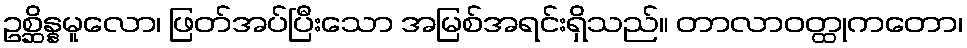
ဥစ္ဆိန္နမူလော၊ ဖြတ်အပ်ပြီးသော အမြစ်အရင်းရှိသည်။ တာလာဝတ္ထုကတော၊